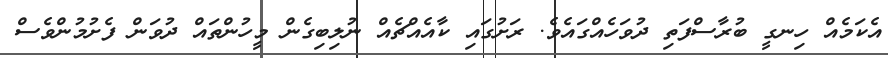
އެކަމެއް ހިނގީ ބުރާސްފަތި ދުވަހެއްގައެވެ. ރަށުގައި ކާއެެއްޗެއް ނުލިބިގެން މީހުންތައް ދުވަން ފެށުމުންވެސް